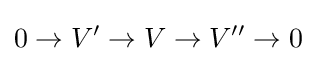
0\to V'\to V\to V''\to 0